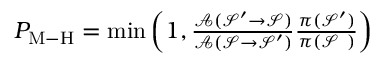
\begin{array} { r } { P _ { \mathrm { M \mathrm { - } H } } = \operatorname* { m i n } \left( 1 , \frac { \mathcal { A } ( \mathcal { S } ^ { \prime } \rightarrow \mathcal { S } ) } { \mathcal { A } ( \mathcal { S } \rightarrow \mathcal { S } ^ { \prime } ) } \frac { \pi ( \mathcal { S } ^ { \prime } ) } { \pi ( \mathcal { S } ~ ) } \right) } \end{array}